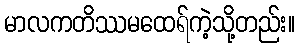
မာလကတိဿမထေရ်ကဲ့သို့တည်း။